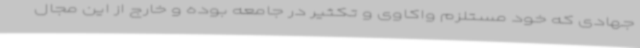
جهادی که خود مستلزم واکاوی و تکثیر در جامعه بوده و خارج از این مجال